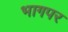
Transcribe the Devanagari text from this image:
भागपर